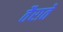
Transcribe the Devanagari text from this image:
तैराते